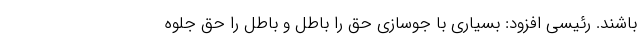
باشند. رئیسی افزود: بسیاری با جوسازی حق را باطل و باطل را حق جلوه